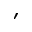
'